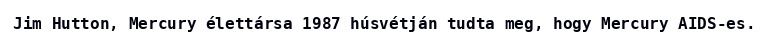
Jim Hutton, Mercury élettársa 1987 húsvétján tudta meg, hogy Mercury AIDS-es.